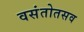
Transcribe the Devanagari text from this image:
वसंतोतसव